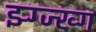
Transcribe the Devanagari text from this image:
झ्ग्ज्ख्ग